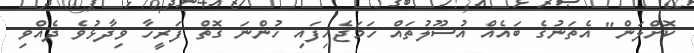
ކޮށްލަން" އެތަނުގެ ބައެއް އުސޫލުތައް ހަމަޖެހިފައި ހުންނަ ގޮތް ފަރީހާ ވިދާޅުވެ ދެއްވި